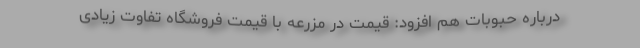
درباره حبوبات هم افزود: قیمت در مزرعه با قیمت فروشگاه تفاوت زیادی